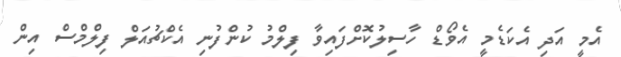
އެމީ އަދި އެކަޑެމީ އެވޯޑް ހާސިލުކޮށްފައިވާ ފިލްމު ކުންފުނި އެކްޗުއަލް ފިލްމްސް އިން